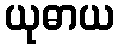
ယုဓာယ